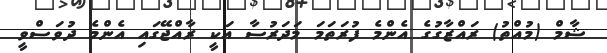
ޝާމް (މުއްތު) ރައްޒާގުގެ އެންމެ ފުރަތަމަ މަދަރުސާ އަކީ ރާއްޖޭގައި އެންމެ ދުވަސްވީ